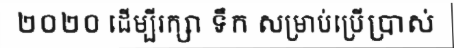
២០២០ ដើម្បីរក្សា ទឹក សម្រាប់ប្រើប្រាស់